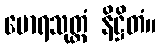
မောရသုတ္တံ နိဋ္ဌိတံ။